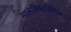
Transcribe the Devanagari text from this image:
मालविकाग्निमित्रम